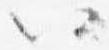
以